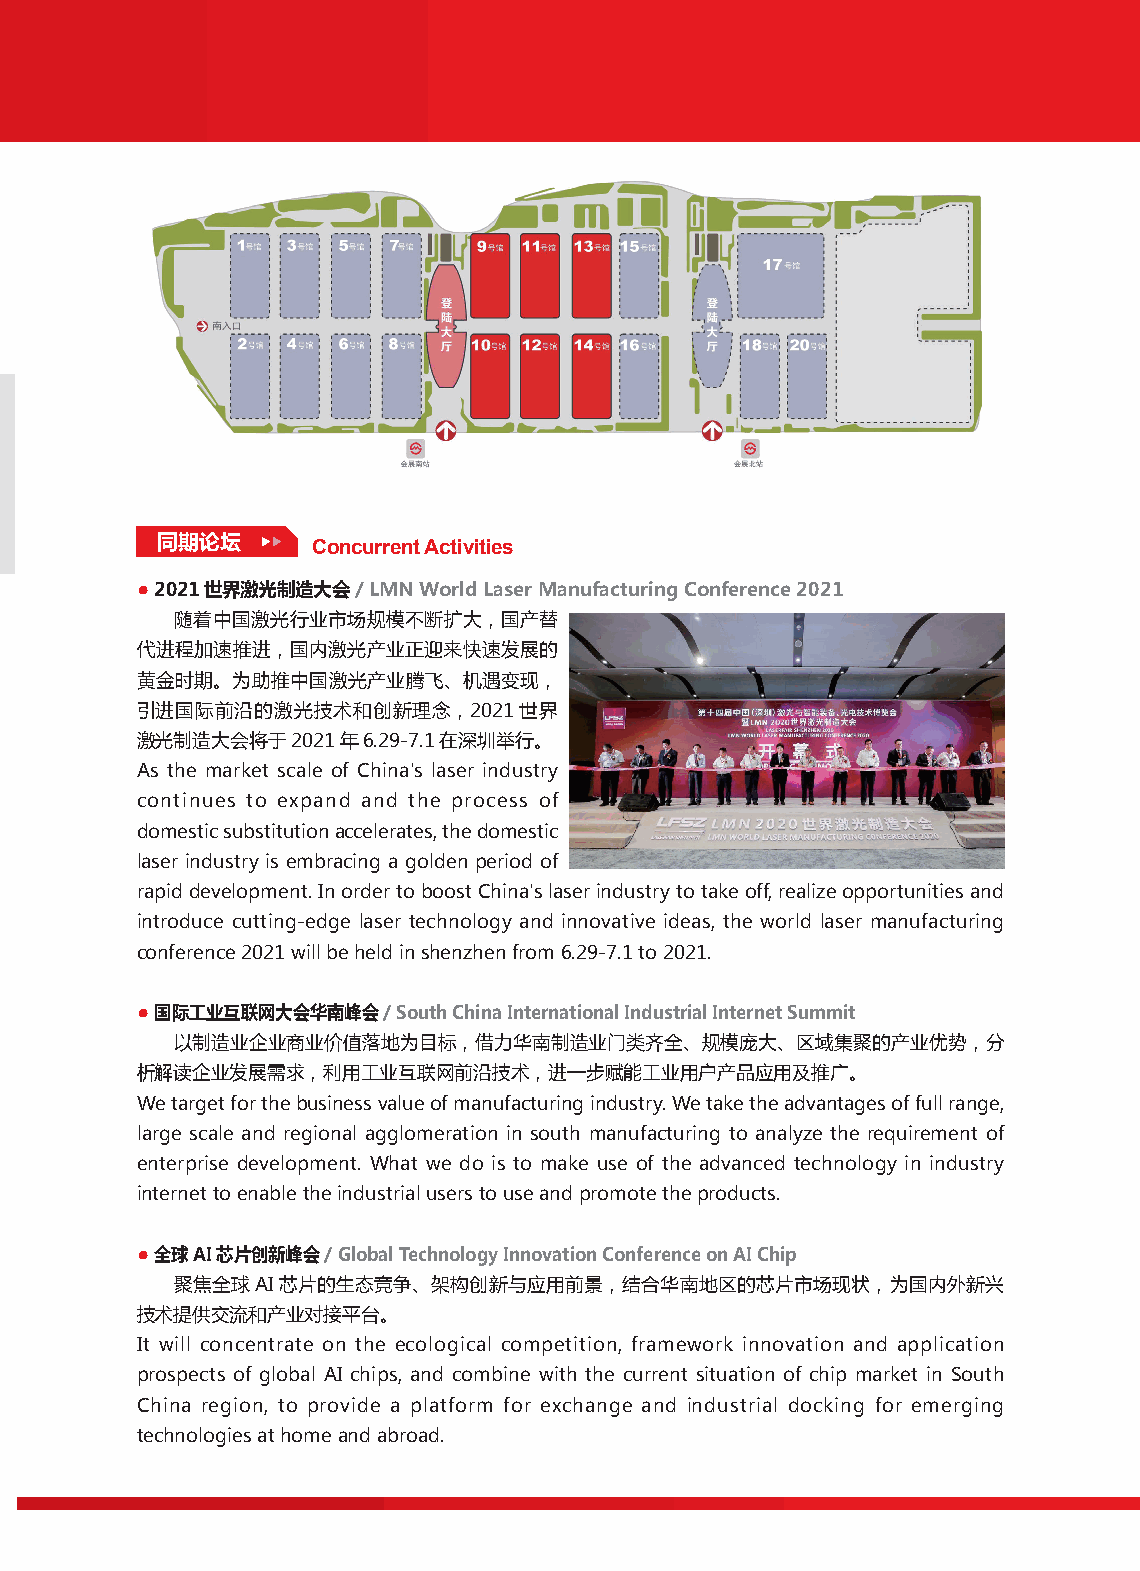
华南国际工业博览会
 South China International Industry Fair
 同期论坛
 Concurrent Activities
 ● 2021世界激光制造大会/ LMN World Laser Manufacturing Conference 2021
 随着中国激光行业市场规模不断扩大，国产替
 代进程加速推进，国内激光产业正迎来快速发展的
 黄金时期。为助推中国激光产业腾飞、机遇变现，
 引进国际前沿的激光技术和创新理念，2021世界
 激光制造大会将于2021年6.29-7.1在深圳举行。
 As the market scale of China's laser industry
 continues to expand and the process of
 domestic substitution accelerates, the domestic
 laser industry is embracing a golden period of
 rapid development. In order to boost China's laser industry to take off, realize opportunities and
 introduce cutting-edge laser technology and innovative ideas, the world laser manufacturing
 conference 2021 will be held in shenzhen from 6.29-7.1 to 2021.
 ● 国际工业互联网大会华南峰会/ South China International Industrial Internet Summit
 以制造业企业商业价值落地为目标，借力华南制造业门类齐全、规模庞大、区域集聚的产业优势，分
 析解读企业发展需求，利用工业互联网前沿技术，进一步赋能工业用户产品应用及推广。
 We target for the business value of manufacturing industry. We take the advantages of full range,
 large scale and regional agglomeration in south manufacturing to analyze the requirement of
 enterprise development. What we do is to make use of the advanced technology in industry
 internet to enable the industrial users to use and promote the products.
 ● 全球AI芯片创新峰会/ Global Technology Innovation Conference on AI Chip
 聚焦全球AI芯片的生态竞争、架构创新与应用前景，结合华南地区的芯片市场现状，为国内外新兴
 技术提供交流和产业对接平台。
 It will concentrate on the ecological competition, framework innovation and application
 prospects of global AI chips, and combine with the current situation of chip market in South
 China region, to provide a platform for exchange and industrial docking for emerging
 technologies at home and abroad.